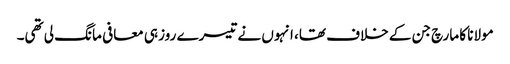
مولانا کا مارچ جن کے خلاف تھا، انہوں نے تیسرے روز ہی معافی مانگ لی تھی۔